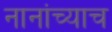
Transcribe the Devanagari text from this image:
नानांच्याच